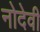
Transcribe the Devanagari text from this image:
नोदेवी